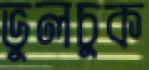
ভুলচুক